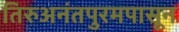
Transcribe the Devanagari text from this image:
तिरुअनंतपुरमपासून